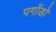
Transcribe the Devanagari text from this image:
पगोंडो